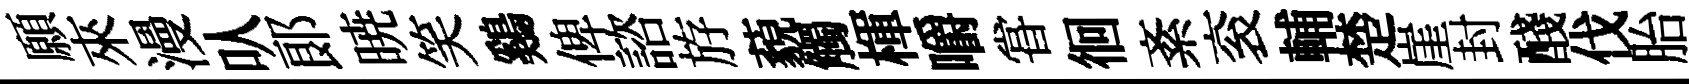
願來漫㕥郞暁笑鷄俾諮斿藐觸楎嚼甞徊紊衮輔楚崖封醆伐胎